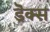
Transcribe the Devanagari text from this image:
डॆक्स